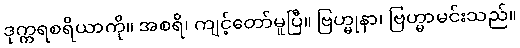
ဒုက္ကရစရိယာကို။ အစရိ၊ ကျင့်တော်မူပြီ။ ဗြဟ္မုနာ၊ ဗြဟ္မာမင်းသည်။